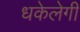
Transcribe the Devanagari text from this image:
धकेलेगी